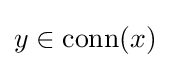
y\in \mathrm {conn} (x)